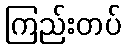
ကြည်းတပ်